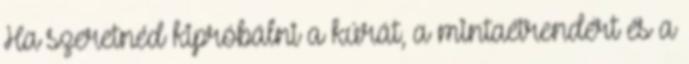
Ha szeretnéd kipróbálni a kúrát, a mintaétrendért és a